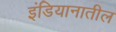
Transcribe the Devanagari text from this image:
इंडियानातील